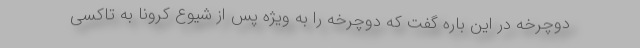
دوچرخه در این باره گفت که دوچرخه را به ویژه پس از شیوع کرونا به تاکسی